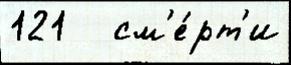
121   см'е́рт'и